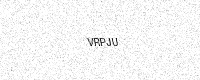
Text: VRPJU